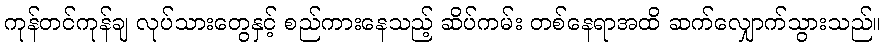
ကုန်တင်ကုန်ချ လုပ်သားတွေနှင့် စည်ကားနေသည့် ဆိပ်ကမ်း တစ်နေရာအထိ ဆက်လျှောက်သွားသည်။